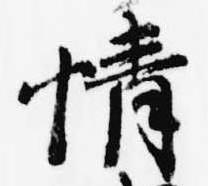
情